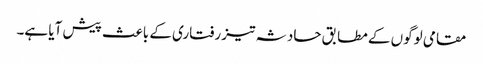
مقامی لوگوں کے مطابق حادثہ تیز رفتاری کے باعث پیش آیا ہے۔